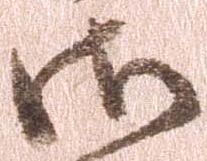
御